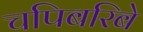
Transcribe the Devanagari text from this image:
चपिबरिबे